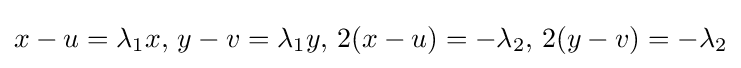
x-u=\lambda _{1}x,\,y-v=\lambda _{1}y,\,2(x-u)=-\lambda _{2},\,2(y-v)=-\lambda _{2}